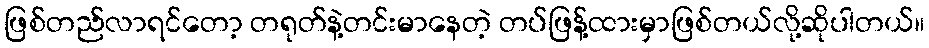
ဖြစ်တည်လာရင်တော့ တရုတ်နဲ့တင်းမာနေတဲ့ တပ်ဖြန့်ထားမှာဖြစ်တယ်လို့ဆိုပါတယ်။